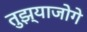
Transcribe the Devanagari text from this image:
तुझ्याजोगे